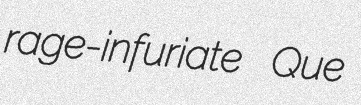
rage-infuriate Que